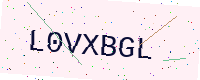
Text: L0VXBGL